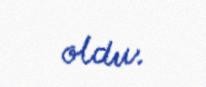
oldu.